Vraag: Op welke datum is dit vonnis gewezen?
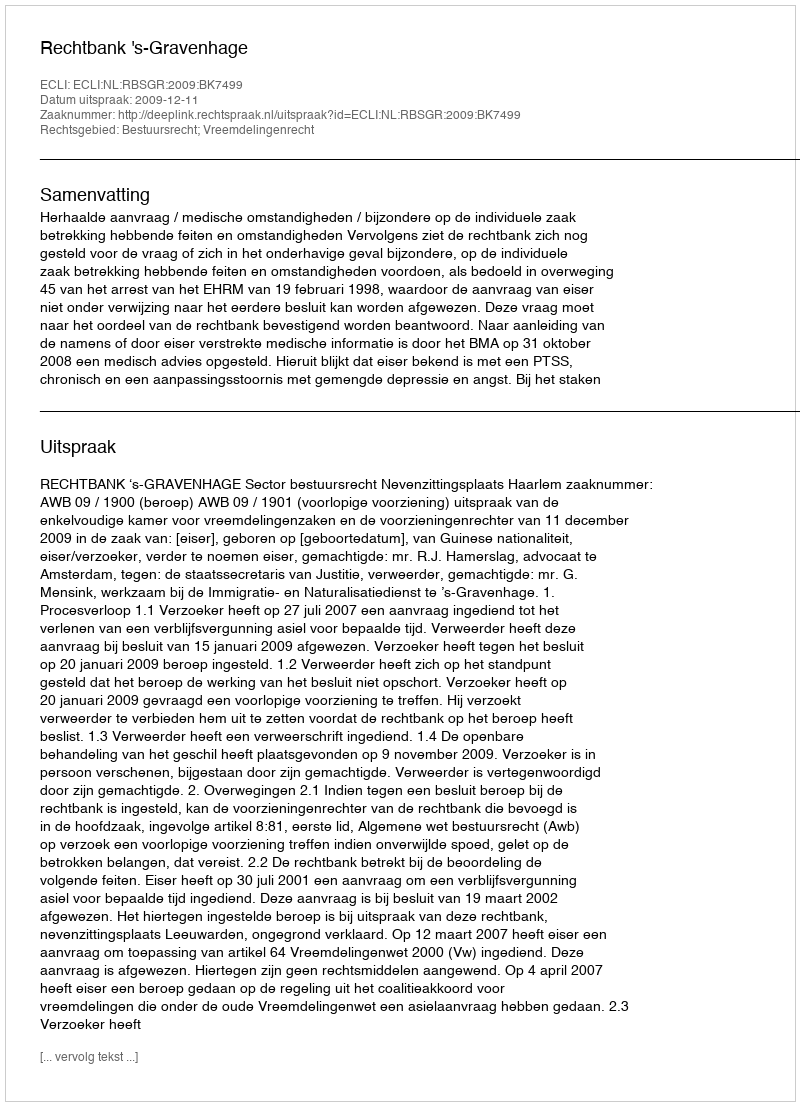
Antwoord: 2009-12-11